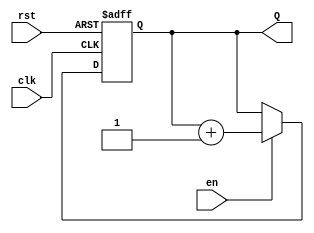
module binary_counter #(
    parameter N = 4  // Parameter to define the number of bits in the counter
)(
    input wire clk,     // Clock input
    input wire rst,     // Asynchronous reset
    input wire en,      // Enable signal
    output reg [N-1:0] Q // n-bit output representing the current count value
);

// Always block triggered on the rising edge of the clock or when reset is asserted
always @(posedge clk or posedge rst) begin
    if (rst) begin
        Q <= 0; // Reset the counter to 0
    end else if (en) begin
        Q <= Q + 1; // Increment the counter
    end
end

endmodule